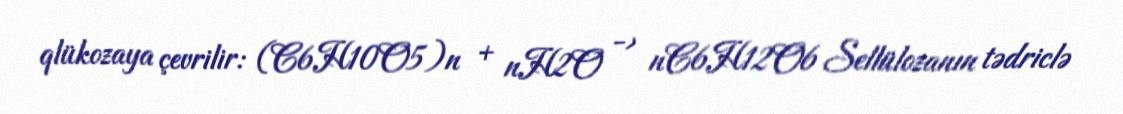
qlükozaya çevrilir: (C6H10O5)n + nH2O -> nC6H12O6 Sellülozanın tədriclə